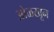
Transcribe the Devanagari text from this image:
अोळखून